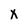
Character: X